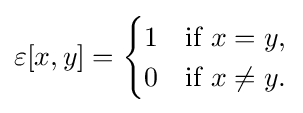
\varepsilon [x,y]={\begin{cases}1&{\text{if }}x=y,\\0&{\text{if }}x\neq y.\end{cases}}